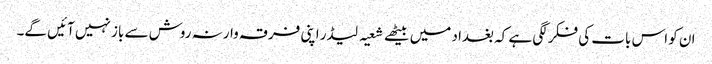
ان کو اس بات کی فکر لگی ہے کہ بغداد میں بیٹھے شعیہ لیڈر اپنی فرقہ وارنہ روش سے باز نہیں آئیں گے۔